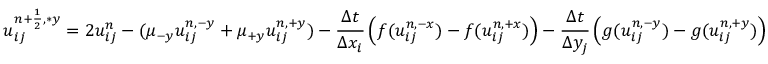
u _ { i j } ^ { { n + \frac { 1 } { 2 } } , \ast y } = 2 u _ { i j } ^ { n } - ( \mu _ { - y } u _ { i j } ^ { n , - y } + \mu _ { + y } u _ { i j } ^ { n , + y } ) - \frac { \Delta t } { \Delta x _ { i } } \left( f ( u _ { i j } ^ { n , - x } ) - f ( u _ { i j } ^ { n , + x } ) \right) - \frac { \Delta t } { \Delta y _ { j } } \left( g ( u _ { i j } ^ { n , - y } ) - g ( u _ { i j } ^ { n , + y } ) \right)